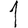
Digit: 1